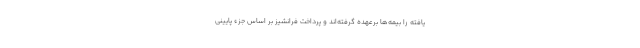
یافته را بیمه‌ها برعهده گرفته‌اند و پرداخت فرانشیز بر اساس جزء پایینی